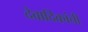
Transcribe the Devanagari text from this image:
देवादिकांची